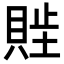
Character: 𬥖